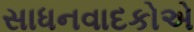
સાધનવાદકોએ